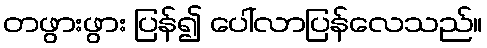
တဖွားဖွား ပြန်၍ ပေါ်လာပြန်လေသည်။